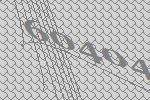
60404